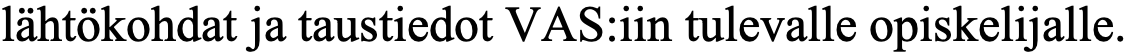
lähtökohdat ja taustiedot VAS:iin tulevalle opiskelijalle.